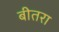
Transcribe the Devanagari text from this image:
बीतरा